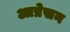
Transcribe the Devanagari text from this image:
आप्रेसन